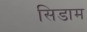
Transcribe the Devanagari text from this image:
सिडाम